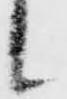
候